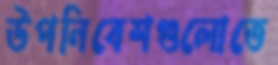
উপনিবেশগুলোতে